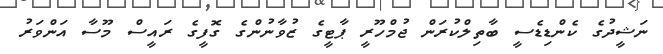
ނަޝީދުގެ ކެންޑިޑެސީ ބާތިލްކުރަން ޖުމްހޫރީ ޕާޓީގެ ޒުވާނުންގެ ގޮފީގެ ރައީސް މޫސާ އަންވަރު